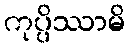
ကုပ္ပိဿာမိ